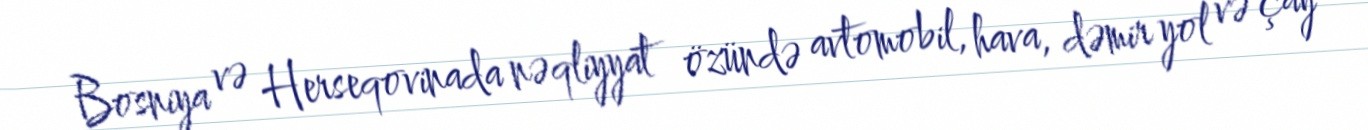
Bosniya və Herseqovinada nəqliyyat özündə avtomobil, hava, dəmir yol və çay